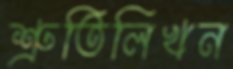
শ্রুতিলিখন